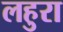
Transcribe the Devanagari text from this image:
लहुरा